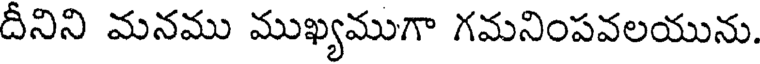
దీనిని మనము ముఖ్యముగా గమనింపవలయును.